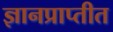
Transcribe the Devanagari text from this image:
ज्ञानप्राप्तीत